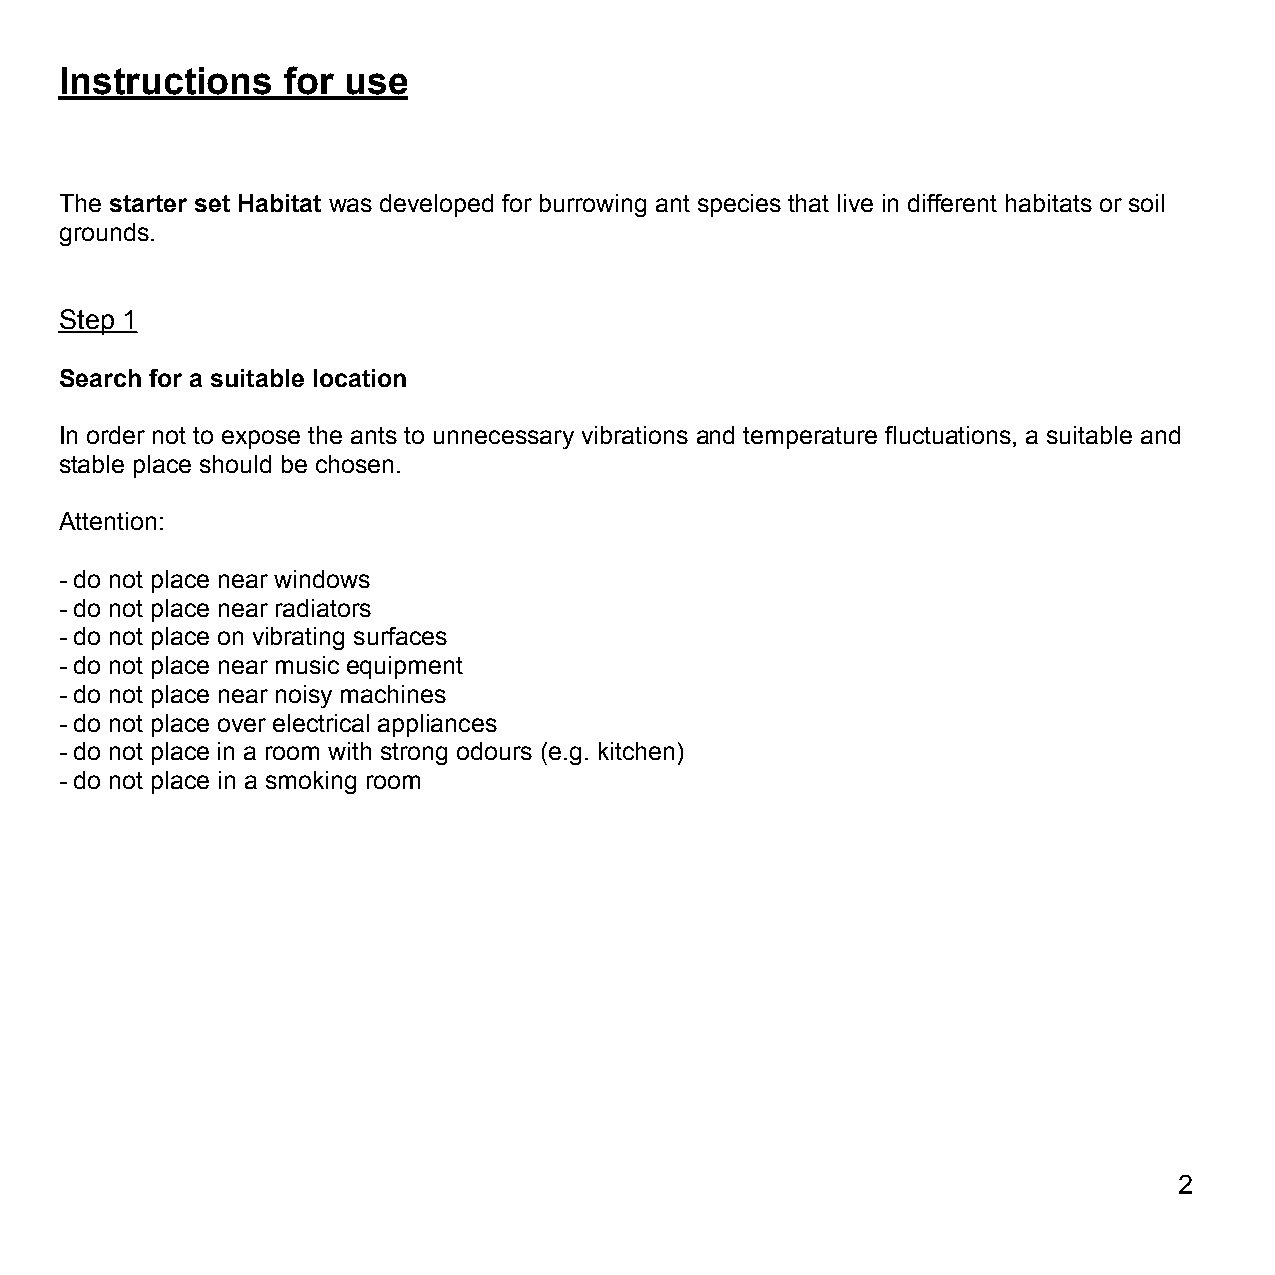
Instructions   for use
 The starter set Habitat was developed for burrowing ant species that live in different habitats or soil
 grounds.
 Step 1
 Search for a suitable location
 In order not to expose the ants to unnecessary vibrations and temperature fluctuations, a suitable and
 stable place should be chosen.
 Attention:
 - do not place near windows
 - do not place near radiators
 - do not place on vibrating surfaces
 - do not place near music equipment
 - do not place near noisy machines
 - do not place over electrical appliances
 - do not place in a room with strong odours (e.g. kitchen)
 - do not place in a smoking room
 2